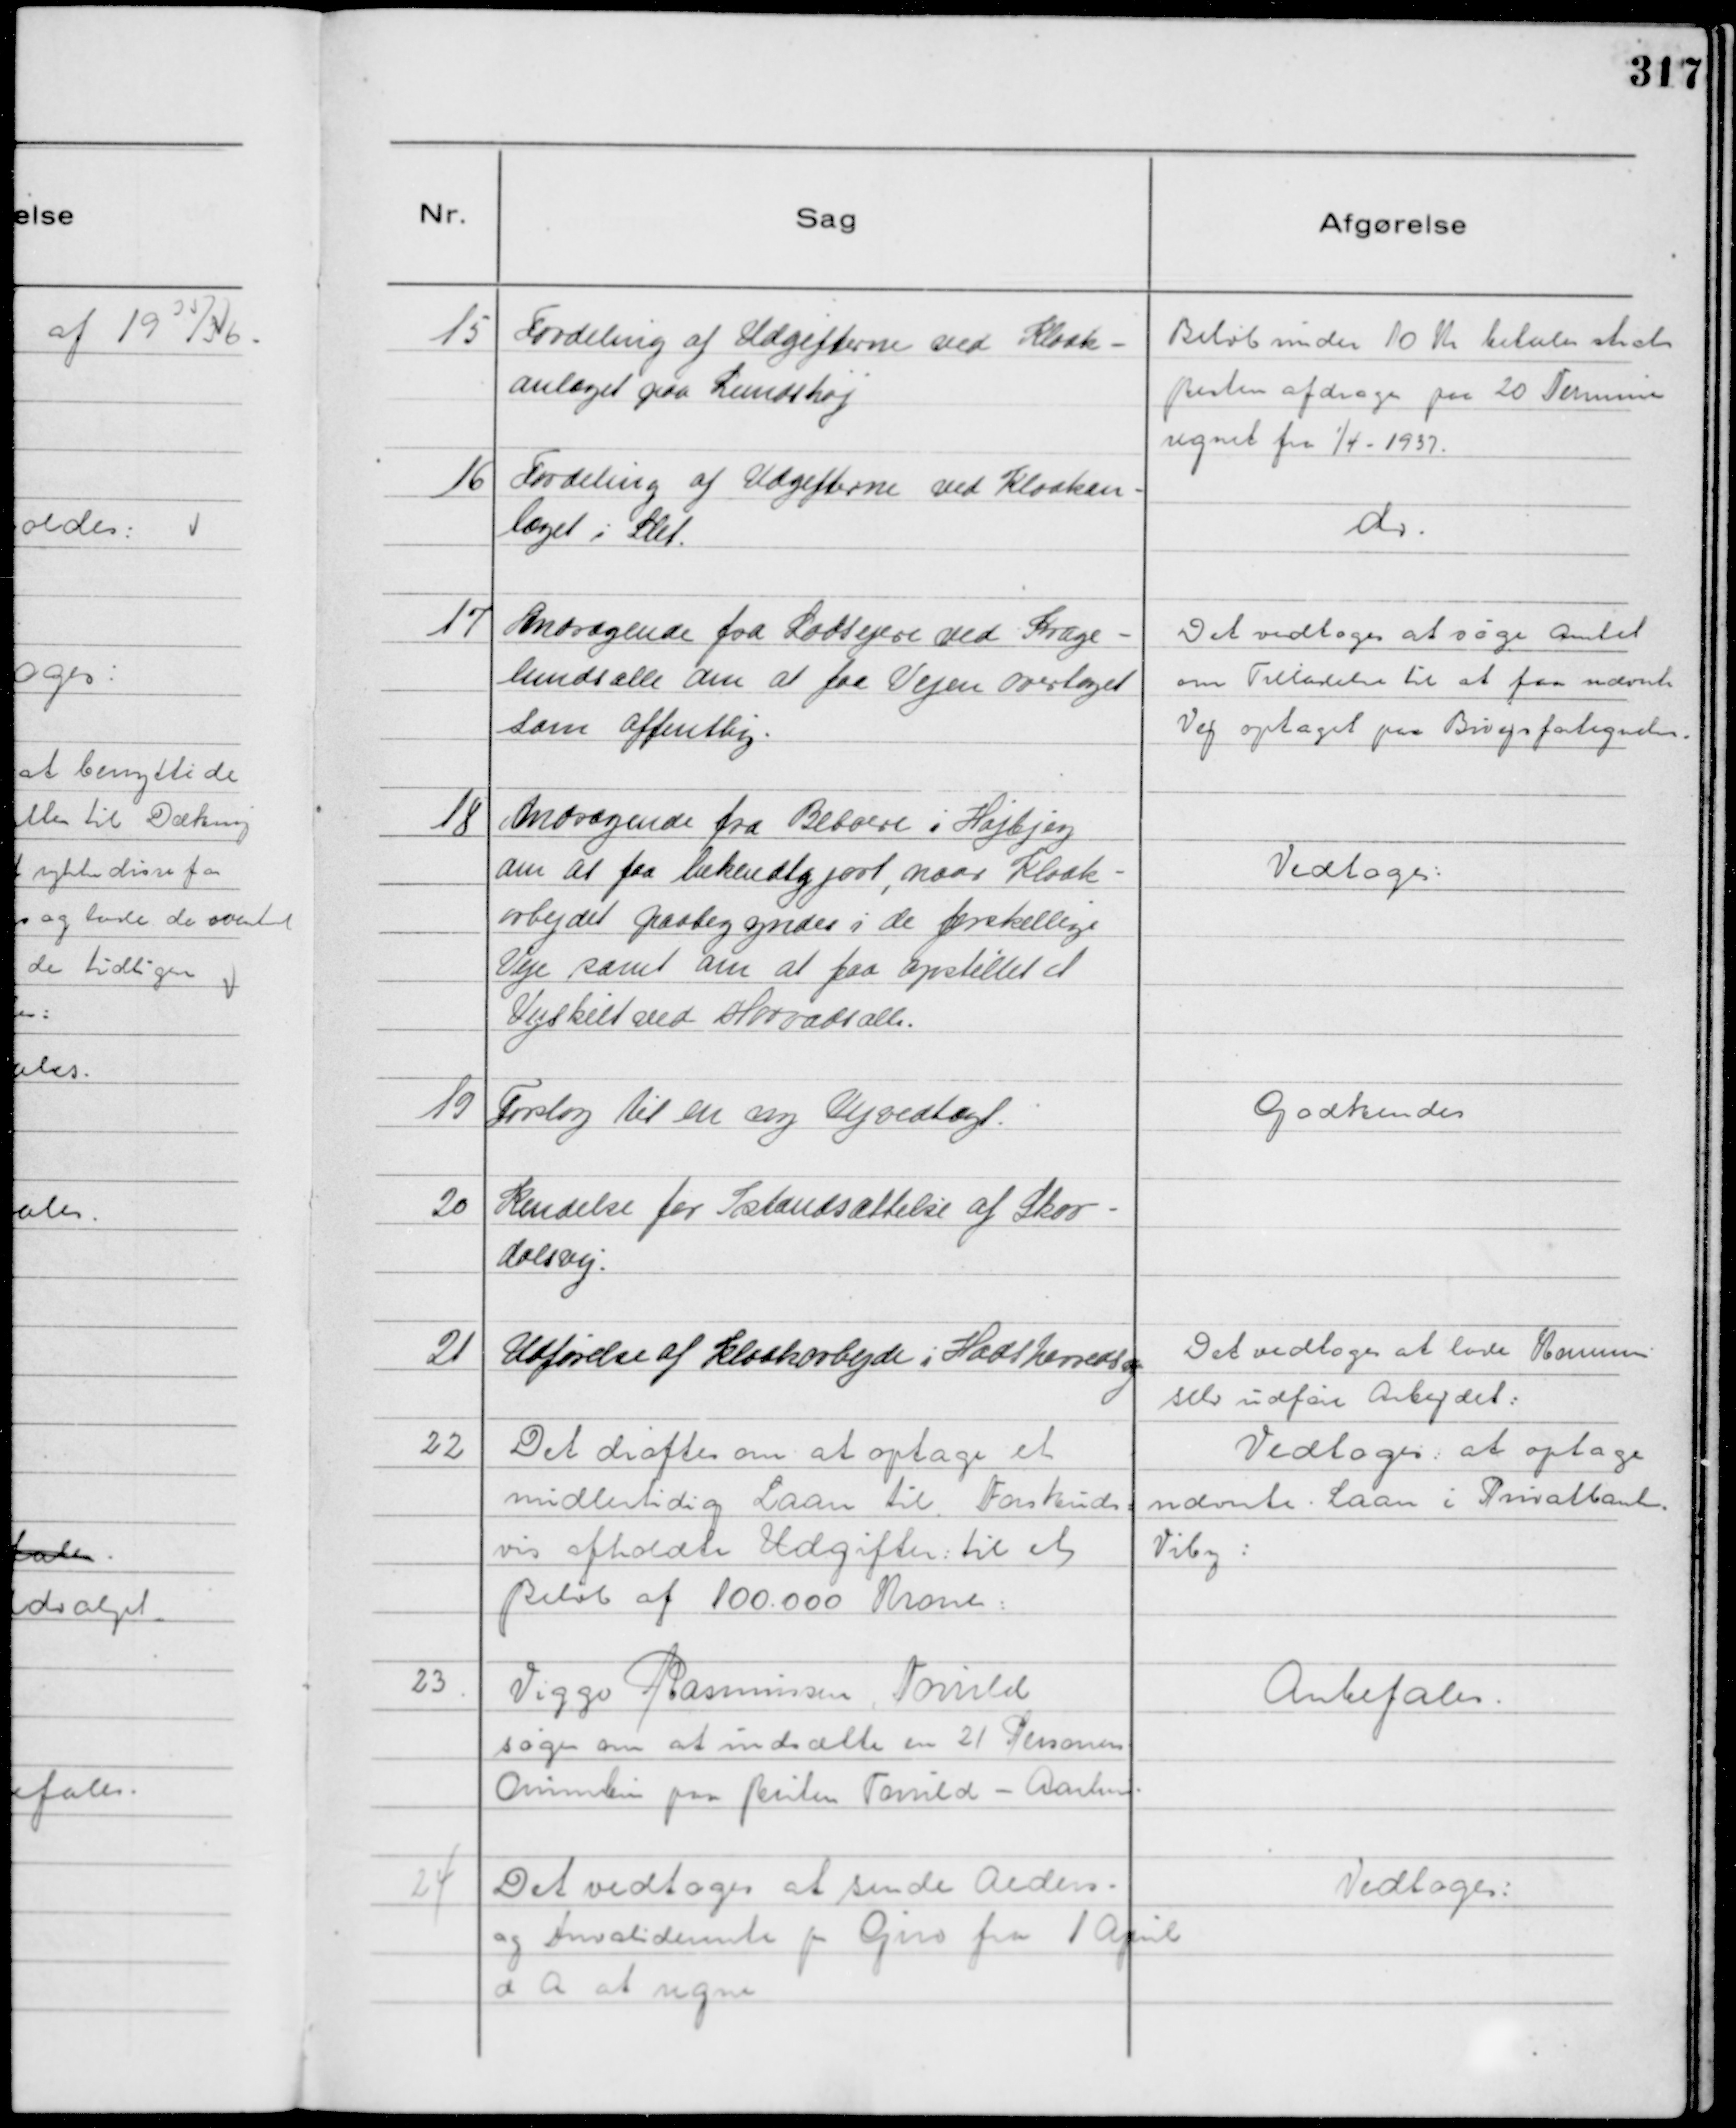
Transskription:
15
Fordeling af Udgifterne ved Kloak-
anlæget paa Lundshøj

Beløb under 10 Kr betales straks
Resten afdrages paa 20 Terminer
regnet fra

1/4 1937.

16
Fordeling af Udgifterne ved Kloakan-
læget i Slet.

do.

17
Andragende fra Lodsejere ved Krage-
lundsalle om at faa Vejen overtaget
som offentlig.

Det vedtoges at søge Amtet
om Tilladelse til at faa nævnte
Vej optaget paa Bivejsfortegnelsen.

18
Andragende fra Beboere i Højbjerg
om at faa bekendtgjort, naar Kloak-
arbejdet paabegyndes i de forskellige
Veje samt om at faa opstillet et
Vejskilt ved Morvadsalle.

Vedtoges:

19
Forslag til en ny Vejvedtægt.

Godkendes

20
Kendelse for Istandsættelse af Skov-
dalsvej:

Det vedtoges at lade Kommn
selv udføre Arbejdet:

21
Udførelse af Kloakarbejde i Hadsherredsvej

Vedtoges: at optage
nævnte: Laan i Privatbankn.
Viby:

22
Det drøftes om at optage et
midlertidig Laan til Forskuds=
vis afholdte Udgifter: til et
Beløb af 100.000 Kroner:

Anbefales.

23
Viggo Rasmussen. Torrild
søger om at indsætte en 21 Personers
Omnibus paa Ruten Torrild - Aarhus.

24
Det vedtoges at sende Alders-
og Invaliderente pr Giro fra 1 April
d A at regne

Vedtoges: